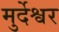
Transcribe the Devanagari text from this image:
मुर्देश्वर